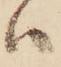
ハ